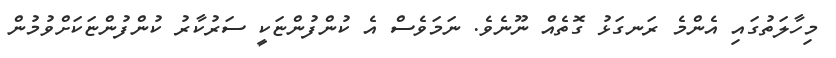
މިހާލަތުގައި އެންމެ ރަނގަޅު ގޮތެއް ނޫނެވެ. ނަމަވެސް އެ ކުންފުންޏަކީ ސަރުކާރު ކުންފުންޏަކަށްވުމުން